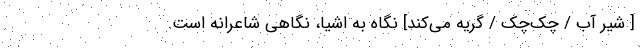
[ شیرِ آب / چک‌چک / گریه می‌کند] نگاه به اشیا، نگاهی شاعرانه است.